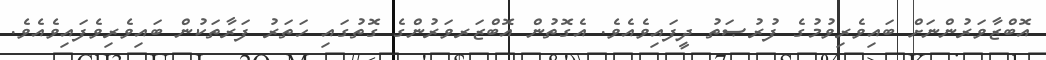
އޮބްޒާވަރުންނަށް ބައިވެރިވުމުގެ ފުރުޞަތު ދީފައިވެއެވެ. އެގޮތުން އޮބްޒަރވަރުންގެ ގޮތުގައި ހަތަރު ފަރާތަކުން ބައިވެރިވެފައިވެއެވެ.